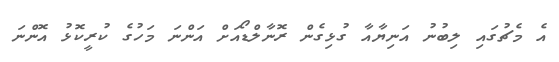
އެ މެޗުގައި ލިބުނު އަނިޔާއާ ގުޅިގެން ރޮނާލްޑޯއަށް އަންނަ މަހުގެ ކުރީކޮޅު އޮންނަ